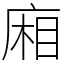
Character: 廂